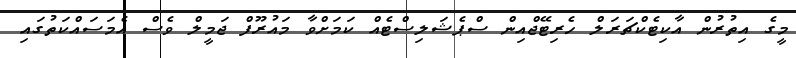
މީގެ އިތުރުން އާކިޓެކްޗަރަލް ހެރިޓޭޖްއިން ސްޕެޝަލިސްޓެއް ކަމަށްވާ މައުރޫފް ޖަމީލް ވެސް އެމަސައްކަތުގައި